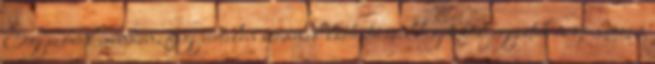
Egyszóval minden, fegyvertelen szemmel látható csillagot följegyeztek és gondosan